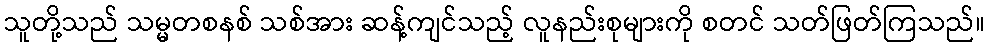
သူတို့သည် သမ္မတစနစ် သစ်အား ဆန့်ကျင်သည့် လူနည်းစုများကို စတင် သတ်ဖြတ်ကြသည်။